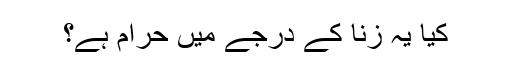
کیا یہ زنا کے درجے میں حرام ہے؟